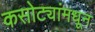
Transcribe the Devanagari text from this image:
कसोट्यांमधून